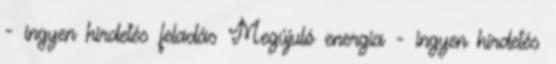
- ingyen hirdetés feladás Megújuló energia - ingyen hirdetés